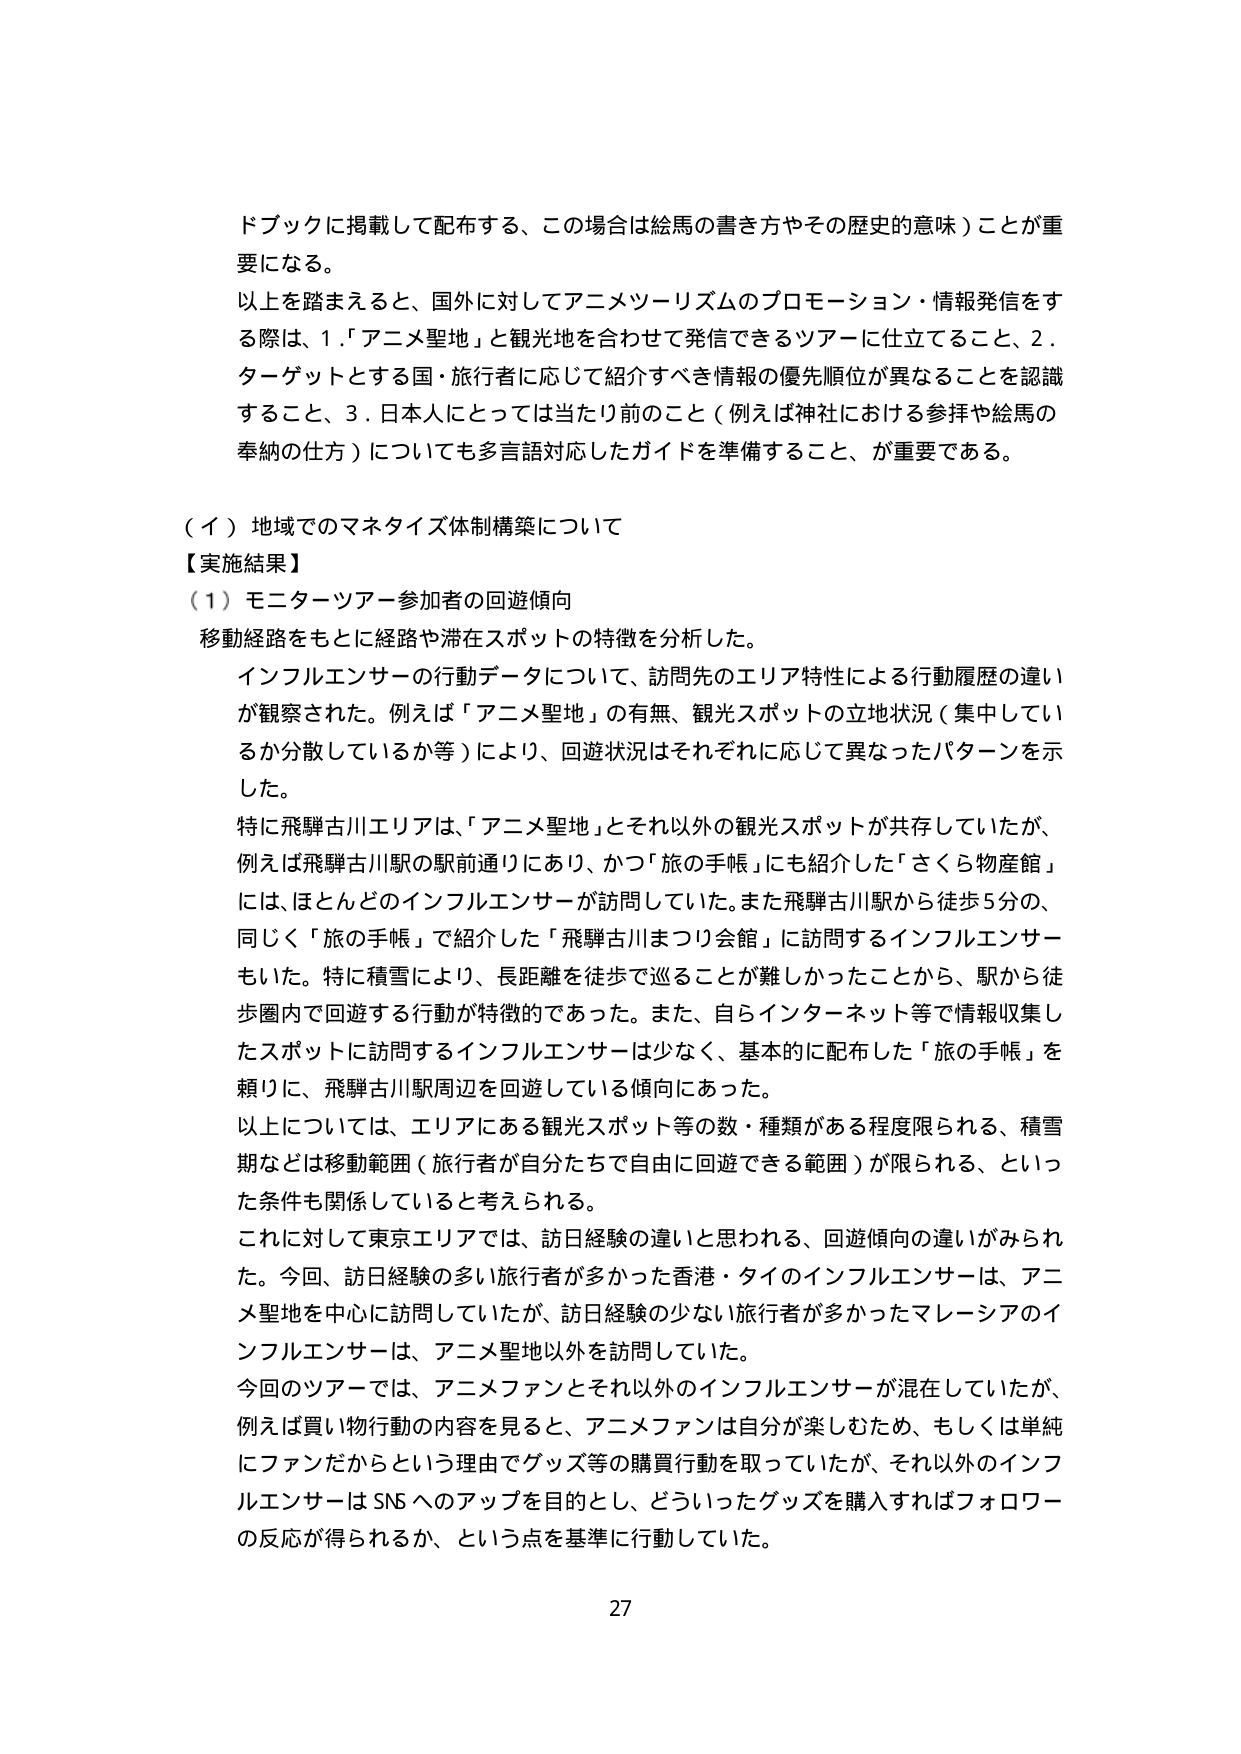
ドブックに掲載して配布する、この場合は絵馬の書き方やその歴史的意味）ことが重要になる。

以上を踏まえると、国外に対してアニメツーリズムのプロモーション・情報発信をする際は、1．「アニメ聖地」と観光地を合わせて発信できるツアーに仕立てること、2．ターゲットとする国・旅行者に応じて紹介すべき情報の優先順位が異なることを認識すること、3．日本人にとっては当たり前のこと（例えば神社における参拝や絵馬の奉納の仕方）についても多言語対応したガイドを準備すること、が重要である。

（イ）地域でのマネタイズ体制構築について

【実施結果】

（1）モニターツアー参加者の回遊傾向

移動経路をもとに経路や滞在スポットの特徴を分析した。

インフルエンサーの行動データについて、訪問先のエリア特性による行動履歴の違いが観察された。例えば「アニメ聖地」の有無、観光スポットの立地状況（集中しているか分散しているか等）により、回遊状況はそれぞれに応じて異なったパターンを示した。

特に飛騨古川エリアは、「アニメ聖地」とそれ以外の観光スポットが共存していたが、例えば飛騨古川駅の駅前通りにあり、かつ「旅の手帳」にも紹介した「さくら物産館」には、ほとんどのインフルエンサーが訪問していた。また飛騨古川駅から徒歩5分の、同じく「旅の手帳」で紹介した「飛騨古川まつり会館」に訪問するインフルエンサーもいた。特に積雪により、長距離を徒歩で巡ることが難しかったことから、駅から徒歩圏内で回遊する行動が特徴的であった。また、自らインターネット等で情報収集したスポットに訪問するインフルエンサーは少なく、基本的に配布した「旅の手帳」を頼りに、飛騨古川駅周辺を回遊している傾向にあった。

以上については、エリアにある観光スポット等の数・種類がある程度限られる、積雪期などは移動範囲（旅行者が自分たちで自由に回遊できる範囲）が限られる、といった条件も関係していると考えられる。

これに対して東京エリアでは、訪日経験の違いと思われる、回遊傾向の違いがみられた。今回、訪日経験の多い旅行者が多かった香港・タイのインフルエンサーは、アニメ聖地を中心に訪問していたが、訪日経験の少ない旅行者が多かったマレーシアのインフルエンサーは、アニメ聖地以外を訪問していた。

今回のツアーでは、アニメファンとそれ以外のインフルエンサーが混在していたが、例えば買い物行動の内容を見ると、アニメファンは自分が楽しむため、もしくは単純にファンだからという理由でグッズ等の購買行動を取っていたが、それ以外のインフルエンサーはSNSへのアップを目的とし、どういったグッズを購入すればフォロワーの反応が得られるか、という点を基準に行動していた。

27